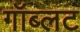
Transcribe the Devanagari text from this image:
गॉब्लट